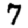
Digit: 7